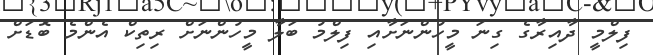
ފިލްމީ ދާއިރާގެ ގިނަ މީހުންނަށާއި ފިލްމު ބަލާ މީހުންނަށް ރިތިކް އެންމެ ބޮޑަށް